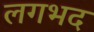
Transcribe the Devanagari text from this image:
लगभद